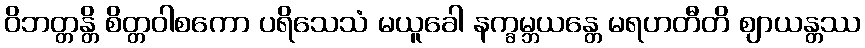
ဝိဘတ္တန္တိ စိတ္တဝါစကော ပရိသေသံ မယူခေါ နက္ခမ္ဘယန္တေ မရဟတီတိ ဈာယန္တဿ